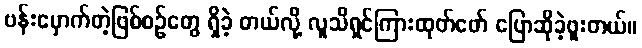
ဗန်းမှောက်တဲ့ဖြစ်စဉ်တွေ ရှိခဲ့ တယ်လို့ လူသိရှင်ကြားထုတ်ဖော် ပြောဆိုခဲ့ဖူးတယ်။